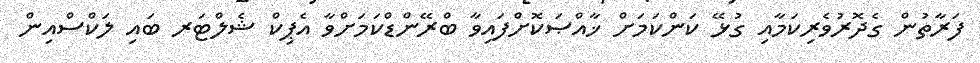
ފަރާތުން ގެދޮރުވެރިކަމާއި ގުޅޭ ކަންކަމަށް ޚާއްޞަކޮށްފައިވާ ބްރޭންޑްކަމަށްވާ އެޕިކް ޝެލްޓަރ ބައި ލަކްސްއިން